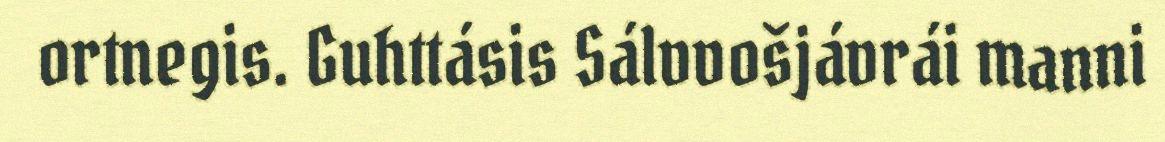
ortnegis. Guhttásis Sálvvošjávrái manni